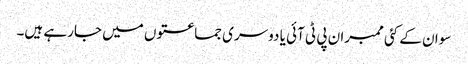
سوان کے کئی ممبران پی ٹی آئی یا دوسری جماعتوں میں جارہے ہیں۔